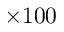
\times 1 0 0